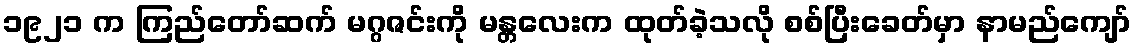
၁၉၂၁ က ကြည်တော်ဆက် မဂ္ဂဇင်းကို မန္တလေးက ထုတ်ခဲ့သလို စစ်ပြီးခေတ်မှာ နာမည်ကျော်